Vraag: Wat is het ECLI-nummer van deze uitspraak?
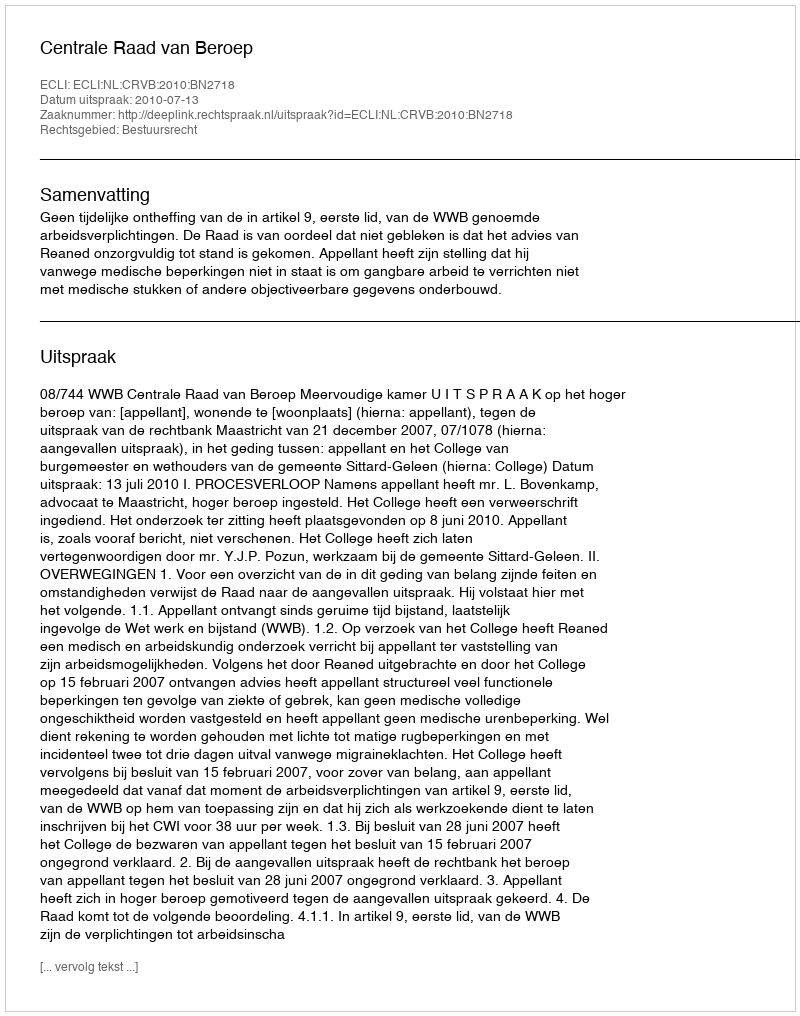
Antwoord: ECLI:NL:CRVB:2010:BN2718